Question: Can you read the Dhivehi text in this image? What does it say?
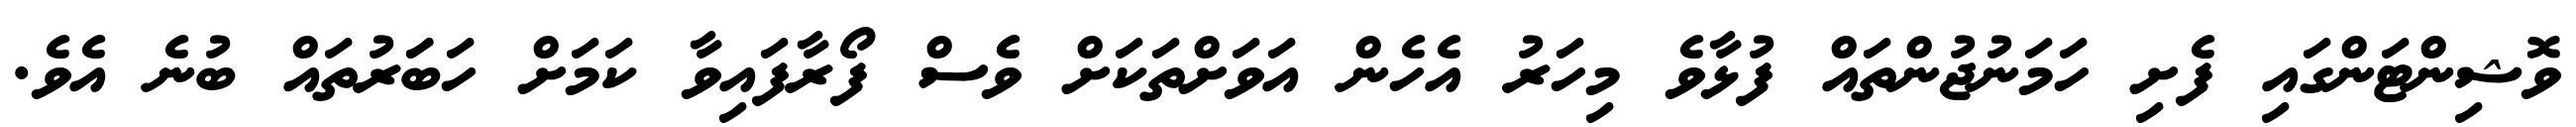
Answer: ވޮޝިންޓަންގައި ފެށި ހަމަނުޖުންތައް ފުޅާވެ މިހަރު އެހެން އަވަށްތަކަށް ވެސް ފޯރާފައިވާ ކަމަށް ހަބަަރުތައް ބުނެ އެވެ.